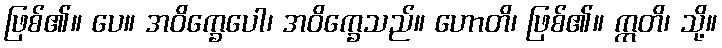
ဖြစ်၏။ ပေ။ အဝိက္ခေပေါ၊ အဝိက္ခေသည်။ ဟောတိ၊ ဖြစ်၏။ ဣတိ၊ သို့။